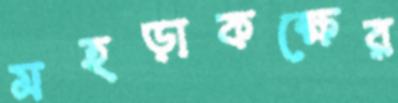
মহড়াকক্ষের